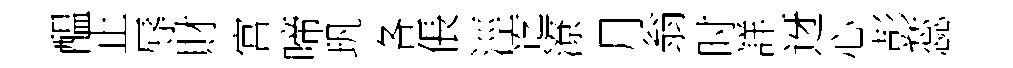
醖止辱財宫啼㺬各倀涇迄潦月翁时詳迓心彭蕊